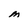
Character: M